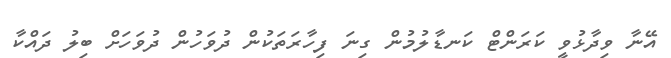
އޭނާ ވިދާޅުވީ ކަރަންޓް ކަނޑާލުމުން ގިނަ ފިހާރަތަކުން ދުވަހުން ދުވަހަށް ބިލު ދައްކާ